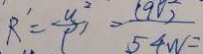
R ^ { \prime } = \frac { u ^ { 2 } } { \rho ^ { \prime } } = \frac { 1 9 0 } { 5 4 w } =